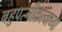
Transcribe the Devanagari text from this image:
बहुपत्नीकत्वाच्या